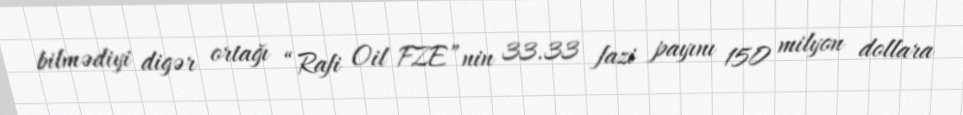
bilmədiyi digər ortağı “Rafi Oil FZE”nin 33.33 fazi payını 150 milyon dollara